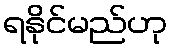
ရနိုင်မည်ဟု